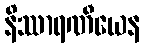
နိဿာရဏီယေန